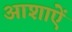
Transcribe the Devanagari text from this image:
आशाऐं